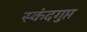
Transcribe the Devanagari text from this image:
स्‍कंदगुप्त